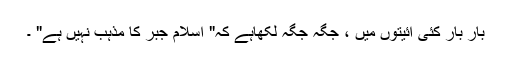
بار بار کئی آئیتوں میں ، جگہ جگہ لکھاہے کہ" اسلام جبر کا مذہب نہیں ہے" ۔